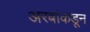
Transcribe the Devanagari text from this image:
अरबांकडून